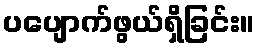
ပပျောက်ဖွယ်ရှိခြင်း။